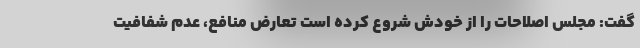
گفت: مجلس اصلاحات را از خودش شروع کرده است تعارض منافع، عدم شفافیت